Eesti_Vabariigi_Tartu_Ulikool, lk 34
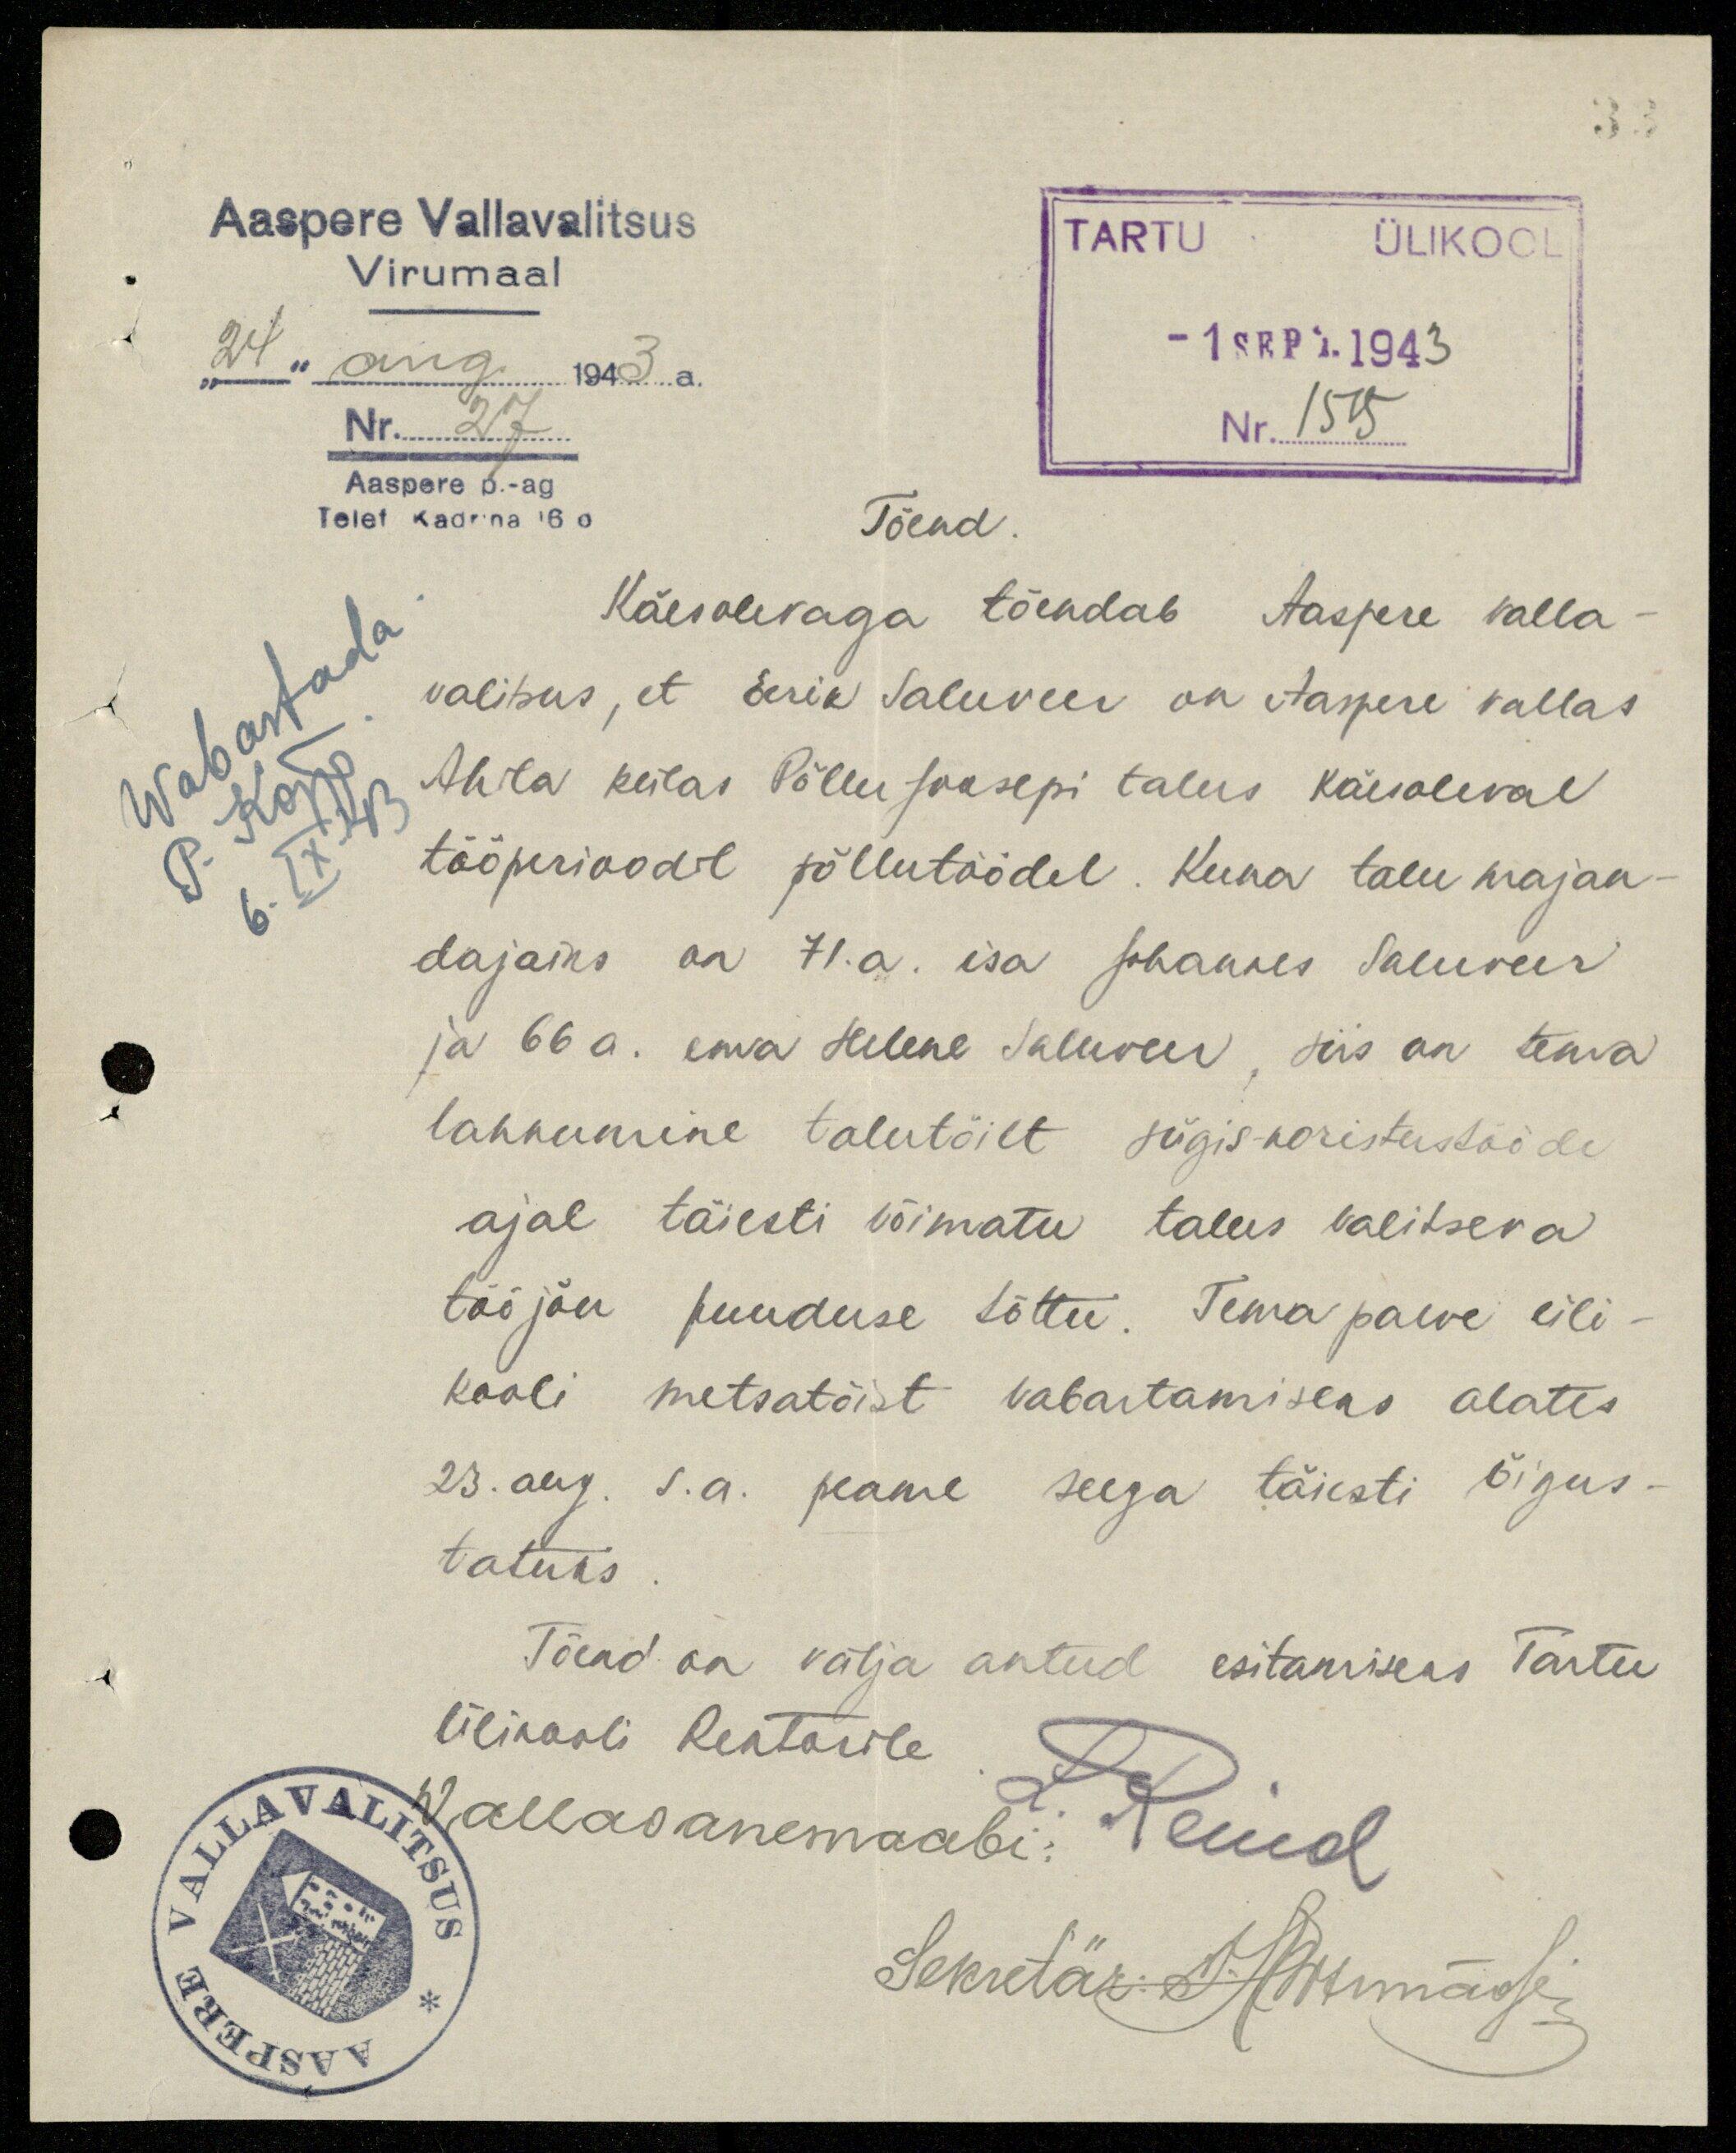
33
Aaspere Vallavalitsus
Virumaal
"24" aug. 1943 a.
Nr. 27
Aaspere p.-ag
Telef Kadrina 16 0
TARTU ÜLIKOOL
- 1 SEPT. 1943
Nr. 1515
Wabastada
Tõend
Käesolevaga tõendab Aaspere valla-
valitsus, et Eerik Saluveer on Aaspere vallas
Ahila külas Põllu Joosepi talus käesoleval
tööperioodil põllutöödel. Kuna talu majan-
6.IX.43
dajaiks on 71. a. isa Johannes Saluveer
ja 66 a. ema Helene Saluveer , siis on tema
lahkumine talutöilt sügis-koristustööde
ajal täiesti võimatu talus valitseva
tööjõu puuduse tõttu. Tema palve üli-
kooli metsatöist vabastamiseks alates
23. aug. s.a. peame seega täiesti õigus-
tatuks.
Tõend on välja antud esitamiseks Tartu
Ülikooli Rektorile
Wallavanemaabi: L. Reinol
Sekretär J. Hittmägi